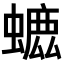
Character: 𧐳